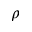
\rho